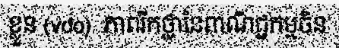
ខ្លួន (vdo)  ភាពរីកថ្លានៃពាណិជ្ជកម្មចិន